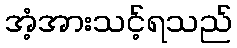
အံ့အားသင့်ရသည်